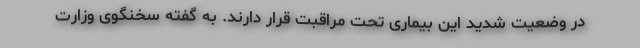
در وضعیت شدید این بیماری تحت مراقبت قرار دارند. به گفته‌ سخنگوی وزارت